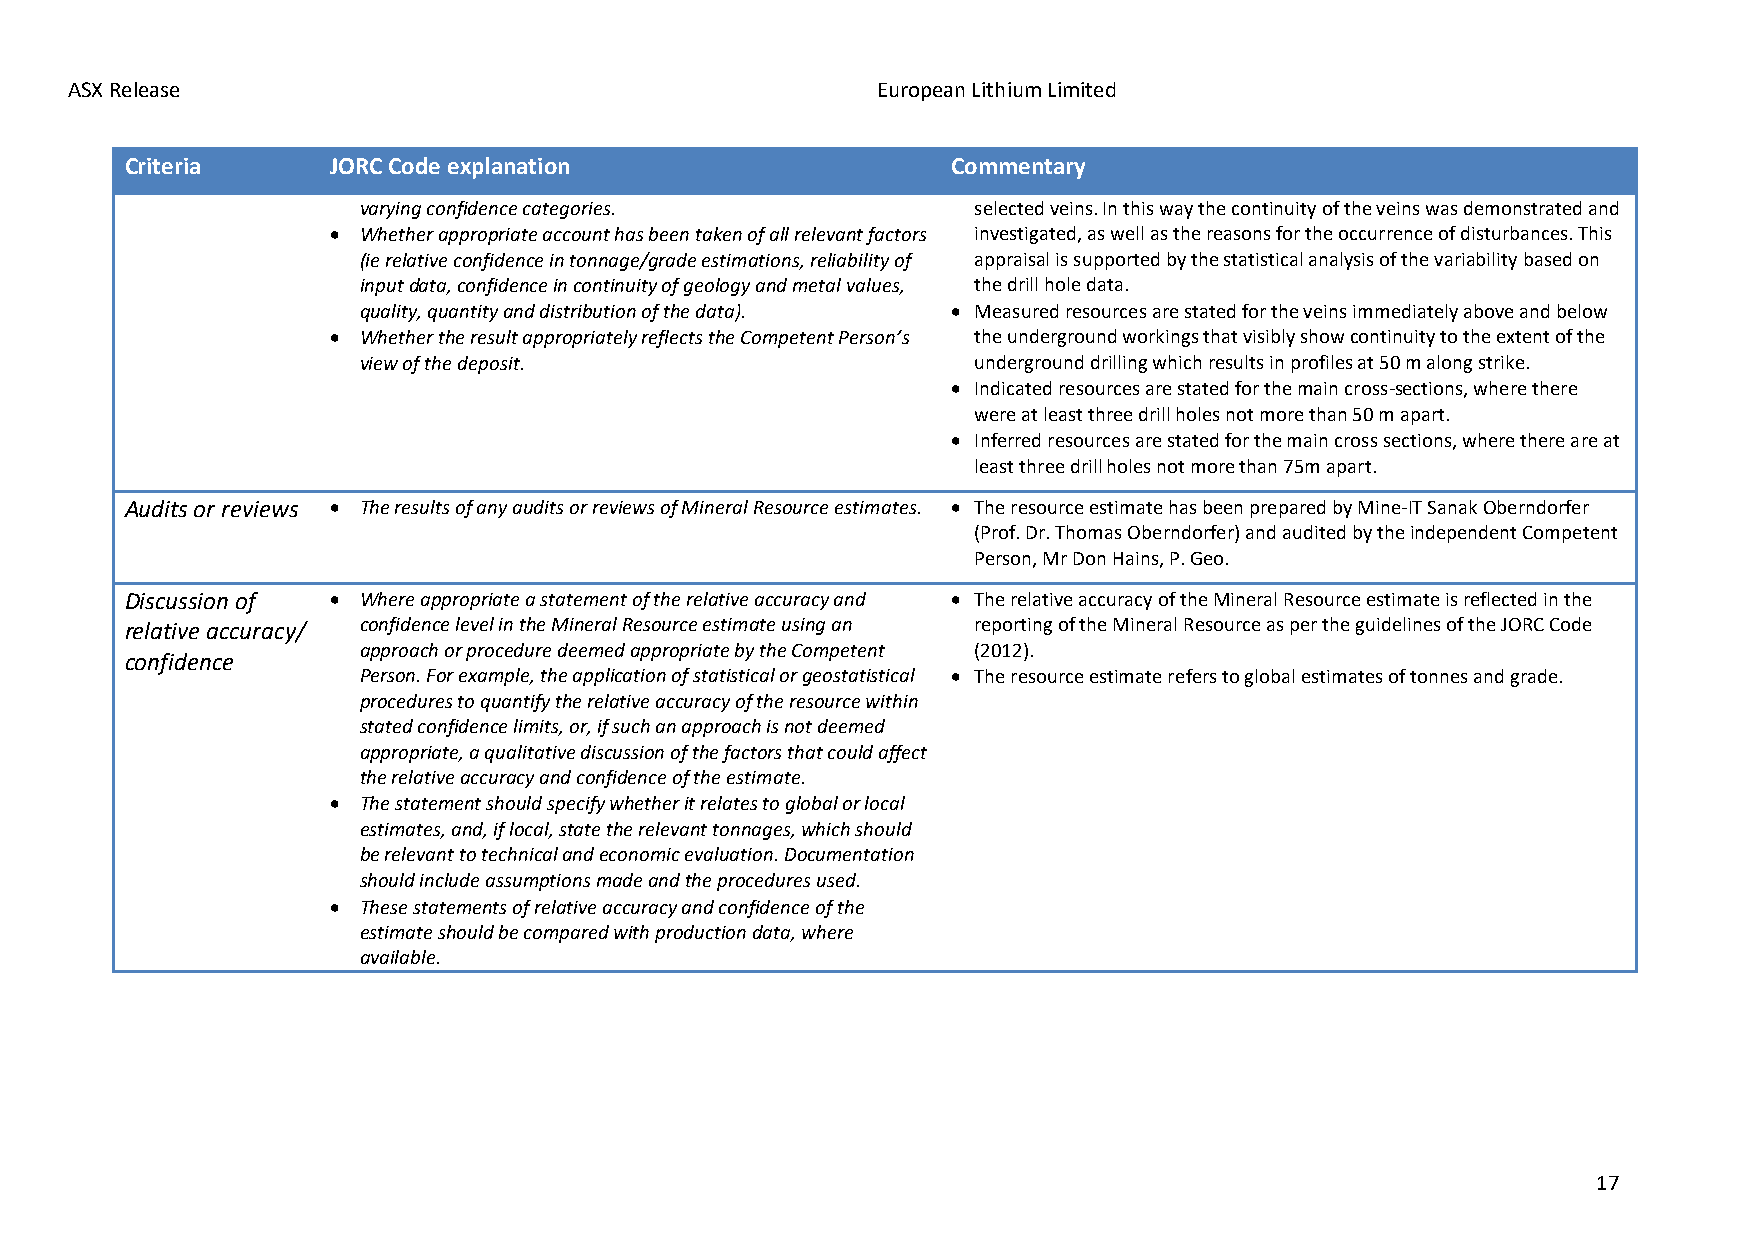
ASX Release                                           European Lithium Limited
 Criteria      JORC Code explanation                    Commentary
 varying confidence categories.          selected veins. In this way the continuity of the veins was demonstrated and
 • Whether appropriate account has been taken of all relevant factors investigated, as well as the reasons for the occurrence of disturbances. This
 (ie relative confidence in tonnage/grade estimations, reliability of appraisal is supported by the statistical analysis of the variability based on
 input data, confidence in continuity of geology and metal values, the drill hole data.
 quality, quantity and distribution of the data). • Measured resources are stated for the veins immediately above and below
 • Whether the result appropriately reflects the Competent Person’s the underground workings that visibly show continuity to the extent of the
 view of the deposit.                    underground drilling which results in profiles at 50 m along strike.
 • Indicated resources are stated for the main cross-sections, where there
 were at least three drill holes not more than 50 m apart.
 • Inferred resources are stated for the main cross sections, where there are at
 least three drill holes not more than 75m apart.
 Audits or reviews • The results of any audits or reviews of Mineral Resource estimates. • The resource estimate has been prepared by Mine-IT Sanak Oberndorfer
 (Prof. Dr. Thomas Oberndorfer) and audited by the independent Competent
 Person, Mr Don Hains, P. Geo.
 Discussion of • Where appropriate a statement of the relative accuracy and • The relative accuracy of the Mineral Resource estimate is reflected in the
 relative accuracy/ confidence level in the Mineral Resource estimate using an reporting of the Mineral Resource as per the guidelines of the JORC Code
 approach or procedure deemed appropriate by the Competent (2012).
 confidence
 Person. For example, the application of statistical or geostatistical • The resource estimate refers to global estimates of tonnes and grade.
 procedures to quantify the relative accuracy of the resource within
 stated confidence limits, or, if such an approach is not deemed
 appropriate, a qualitative discussion of the factors that could affect
 the relative accuracy and confidence of the estimate.
 • The statement should specify whether it relates to global or local
 estimates, and, if local, state the relevant tonnages, which should
 be relevant to technical and economic evaluation. Documentation
 should include assumptions made and the procedures used.
 • These statements of relative accuracy and confidence of the
 estimate should be compared with production data, where
 available.
 17